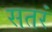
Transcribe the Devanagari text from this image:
सतरं